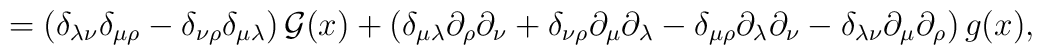
=\left(\delta_{\lambda\nu}\delta_{\mu\rho}-\delta_{\nu\rho}\delta_{\mu\lambda}\right){\cal G}(x)+\left(\delta_{\mu\lambda}\partial_\rho\partial_\nu+\delta_{\nu\rho}\partial_\mu\partial_\lambda-\delta_{\mu\rho}\partial_\lambda\partial_\nu-\delta_{\lambda\nu}\partial_\mu\partial_\rho\right)g(x),